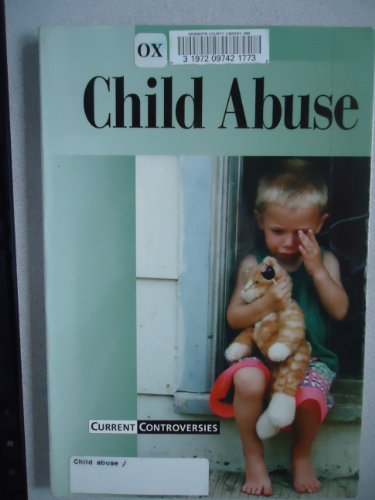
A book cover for Current Controversies - Child Abuse (paperback edition); Bryan J. Grapes; Teen & Young Adult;